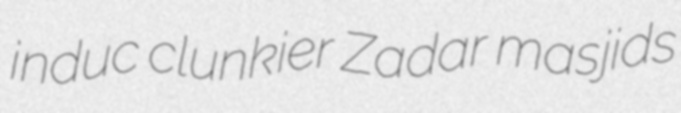
induc clunkier Zadar masjids